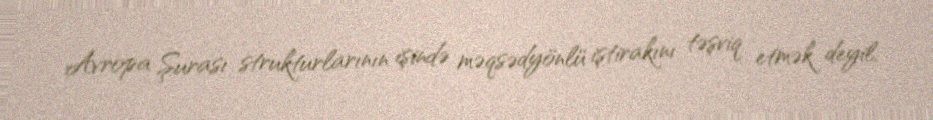
Avropa Şurası strukturlarının işində məqsədyönlü iştirakını təşviq etmək deyil,